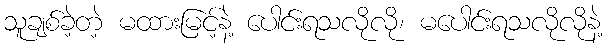
သူချစ်ခဲ့တဲ့ မထားမြင့်နဲ့ ပေါင်းရသလိုလို၊ မပေါင်းရသလိုလိုနဲ့